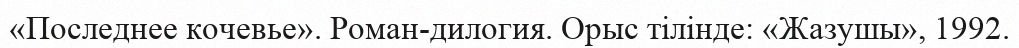
«Последнее кочевье». Роман-дилогия. Орыс тілінде: «Жазушы», 1992.